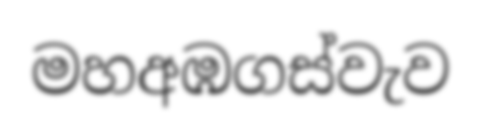
මහඅඹගස්වැව